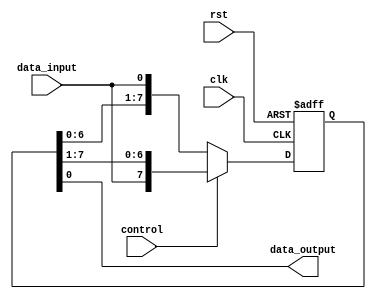
module bidirectional_shift_register (
    input wire clk,
    input wire rst,
    input wire control,
    input wire data_input,
    output reg data_output
);

reg [7:0] register; // 8-bit bidirectional shift register

always @(posedge clk or posedge rst) begin
    if (rst == 1'b1) begin
        register <= 8'b0; // Reset the register
    end else begin
        if (control == 1'b0) begin
            register <= {register[6:0], data_input}; // Left shift
        end else begin
            register <= {data_input, register[7:1]}; // Right shift
        end
    end
end

assign data_output = register[0]; // Output the last bit of the register

endmodule